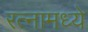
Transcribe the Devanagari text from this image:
रत्‍नामध्ये